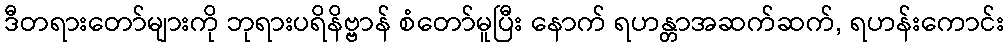
ဒီတရားတော်များကို ဘုရားပရိနိဗ္ဗာန် စံတော်မူပြီး နောက် ရဟန္တာအဆက်ဆက်, ရဟန်းကောင်း